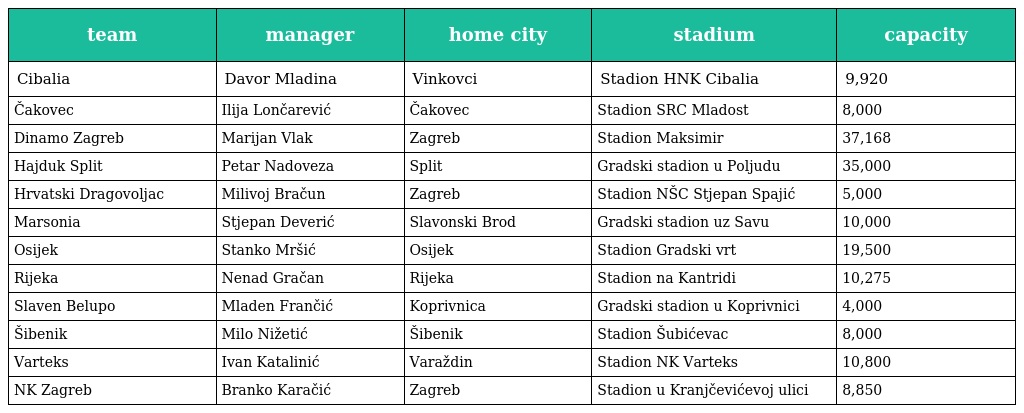
| team | manager | home city | stadium | capacity |
 | --- | --- | --- | --- | --- |
 | Cibalia | Davor Mladina | Vinkovci | Stadion HNK Cibalia | 9,920 |
 | Čakovec | Ilija Lončarević | Čakovec | Stadion SRC Mladost | 8,000 |
 | Dinamo Zagreb | Marijan Vlak | Zagreb | Stadion Maksimir | 37,168 |
 | Hajduk Split | Petar Nadoveza | Split | Gradski stadion u Poljudu | 35,000 |
 | Hrvatski Dragovoljac | Milivoj Bračun | Zagreb | Stadion NŠC Stjepan Spajić | 5,000 |
 | Marsonia | Stjepan Deverić | Slavonski Brod | Gradski stadion uz Savu | 10,000 |
 | Osijek | Stanko Mršić | Osijek | Stadion Gradski vrt | 19,500 |
 | Rijeka | Nenad Gračan | Rijeka | Stadion na Kantridi | 10,275 |
 | Slaven Belupo | Mladen Frančić | Koprivnica | Gradski stadion u Koprivnici | 4,000 |
 | Šibenik | Milo Nižetić | Šibenik | Stadion Šubićevac | 8,000 |
 | Varteks | Ivan Katalinić | Varaždin | Stadion NK Varteks | 10,800 |
 | NK Zagreb | Branko Karačić | Zagreb | Stadion u Kranjčevićevoj ulici | 8,850 |